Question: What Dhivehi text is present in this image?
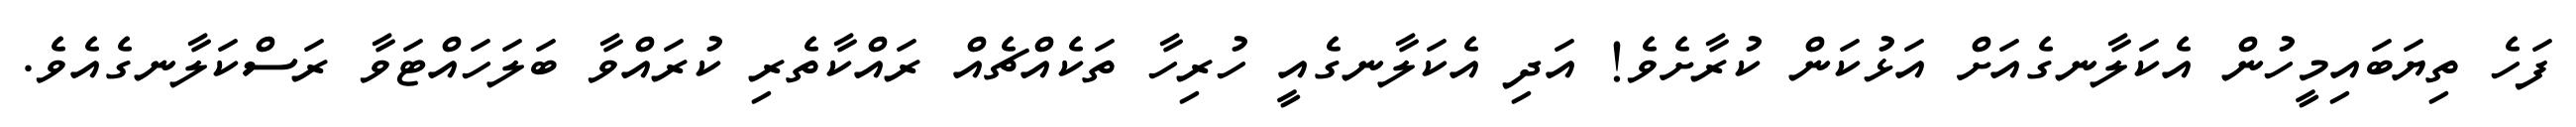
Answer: ފަހެ ތިޔަބައިމީހުން އެކަލާނގެއަށް އަޅުކަން ކުރާށެވެ! އަދި އެކަލާނގެއީ ހުރިހާ ތަކެއްޗެއް ރައްކާތެރި ކުރައްވާ ބަލަހައްޓަވާ ރަސްކަލާނގެއެވެ.